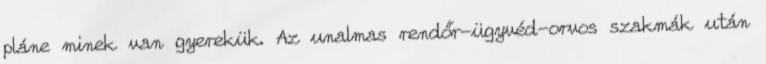
pláne minek van gyerekük. Az unalmas rendőr-ügyvéd-orvos szakmák után